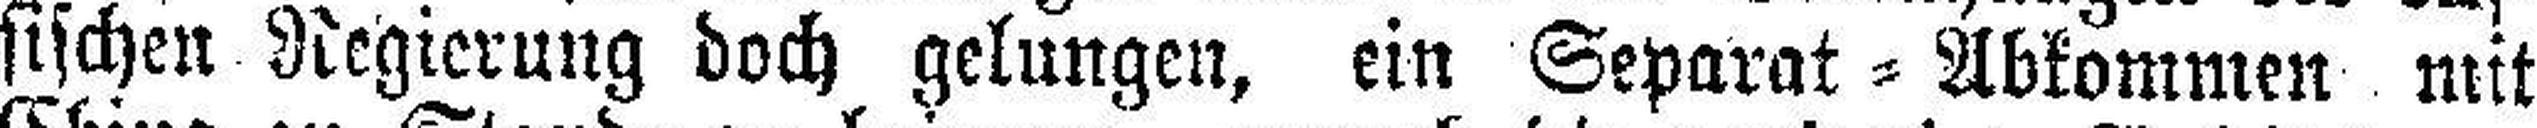
sischen Regierung doch gelungen, ein Separat=Abkommen mit